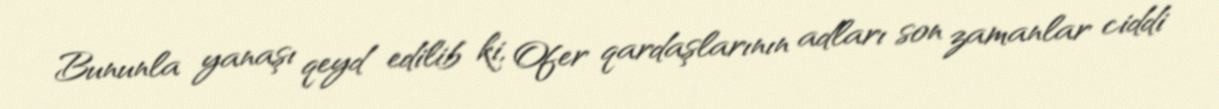
Bununla yanaşı qeyd edilib ki, Ofer qardaşlarının adları son zamanlar ciddi